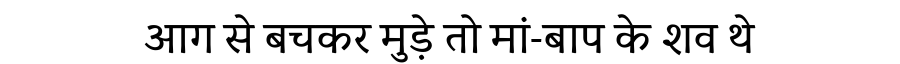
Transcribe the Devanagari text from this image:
आग से बचकर मुड़े तो मां-बाप के शव थे